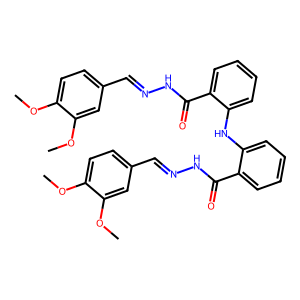
SMILES: COc1ccc(C=NNC(=O)c2ccccc2Nc2ccccc2C(=O)NN=Cc2ccc(OC)c(OC)c2)cc1OC
Inhibits HIV replication: No